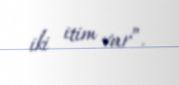
iki itim var”.